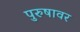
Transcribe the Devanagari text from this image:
पुरुषावर